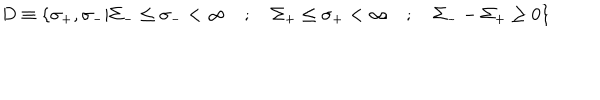
LaTeX: D \equiv \left\{ \sigma _ { + } , \sigma _ { - } \vert \Sigma _ { - } \le \sigma _ { - } < \infty \quad ; \quad \Sigma _ { + } \le \sigma _ { + } < \infty \quad ; \quad \Sigma _ { - } - \Sigma _ { + } \ge 0 \right\}